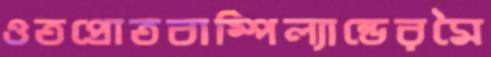
ওতপ্রোতবাম্পিল্যান্ডেরমৈ